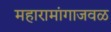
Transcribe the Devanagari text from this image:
महारामांगाजवळ